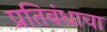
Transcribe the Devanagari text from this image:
प्रतिबंधाचा